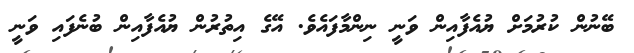
ބޭނުން ކުރުމަށް ޔުއެފާއިން ވަނީ ނިންމާފައެވެ. އޭގެ އިތުރުން ޔުއެފާއިން ބުނެފައި ވަނީ